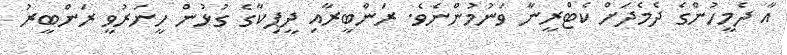
އާ ދެމީހުންގެ ދެމެދަށް ކެޓްރީނާ ވަނުމުންނެވެ. ރަންބީރާއި ދީޕިކާގެ ގުޅުން ހީނަރުވީ ރަންބީރު